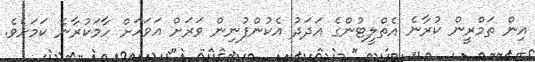
އިން ތަމްރީން ކުރާނެ އެތްލީޓުންގެ އަދަދު އެކުންފުނިން ވަރަށް އަވަހަށް ހާމަކުރާނެ ކަމަށެވެ.